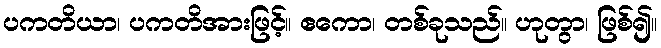
ပကတိယာ၊ ပကတိအားဖြင့်။ ဧကော၊ တစ်ခုသည်။ ဟုတွာ၊ ဖြစ်၍။